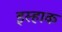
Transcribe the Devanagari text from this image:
इस्हाक